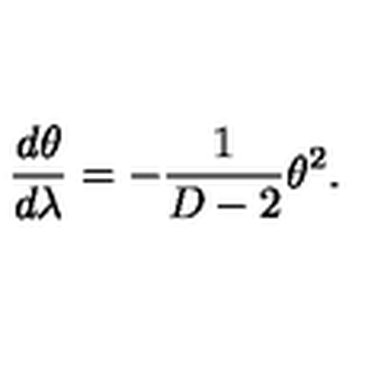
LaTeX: \frac { d \theta } { d \lambda } = - \frac { 1 } { D - 2 } \theta ^ { 2 } .